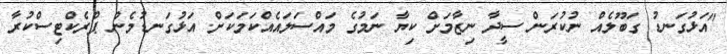
"އަޅުގަނޑު ގަބޫލެއް ނުކުރަން ސީދާ ނިޒާމަށް ކިޔާ ނަމުގެ މައްސަލައެއްކަމަކަށް. އަޅުގަނޑުމެން ޕްރެކްޓިސްކުރާ